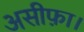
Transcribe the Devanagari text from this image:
असीफ़ा।